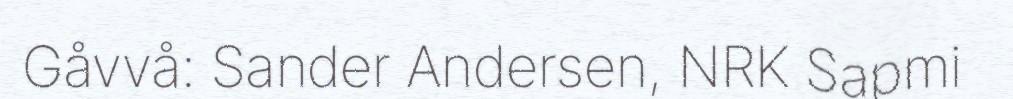
Gåvvå: Sander Andersen, NRK Sapmi